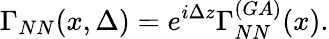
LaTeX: \Gamma_{NN}(x,\Delta)=e^{i\Delta z}\Gamma_{NN}^{(GA)}(x).